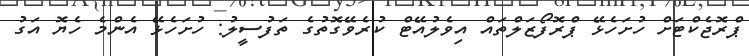
ޕްރޮޖެކްޓަށް ހުށަހެޅޭ ޕްރޮފޯޒަލްތައް އިވެލުއޭޓް ކުރެވޭގޮތުގެ ތަފުސީލު: ހުށަހެޅޭ އެންމެ ހެޔޮ އަގު